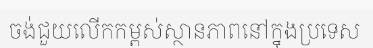
ចង់ជួយលើកកម្ពស់ស្ថានភាពនៅក្នុងប្រទេស